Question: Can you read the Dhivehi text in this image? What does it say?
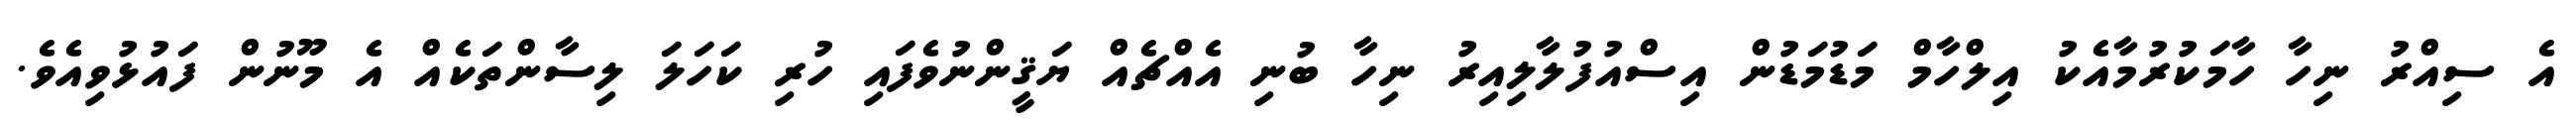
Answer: އެ ސިއްރު ނިހާ ހާމަކުރުމާއެކު އިލްހާމް މަޑުމަޑުން އިސްއުފުލާލިއިރު ނިހާ ބުނި އެއްޗެއް ޔަޤީންނުވެފައި ހުރި ކަހަލަ ލިސާންތަކެއް އެ މޫނުން ފައުޅުވިއެވެ.